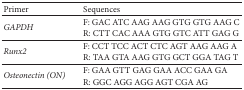
<table><thead><tr><td><b>Primer</b></td><td><b>Sequences</b></td></tr></thead><tbody><tr><td rowspan="2"><i>GAPDH </i></td><td>F: GAC ATC AAG AAG GTG GTG AAG C</td></tr><tr><td>R: CTT CAC AAA GTG GTC ATT GAG G</td></tr><tr><td rowspan="2"><i>Runx2 </i></td><td>F: CCT TCC ACT CTC AGT AAG AAG A</td></tr><tr><td>R: TAA GTA AAG GTG GCT GGA TAG T</td></tr><tr><td rowspan="2"><i>Osteonectin (ON) </i></td><td>F: GAA GTT GAG GAA ACC GAA GA</td></tr><tr><td>R: GGC AGG AGG AGT CGA AG</td></tr></tbody></table>